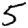
Digit: 5